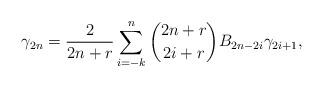
LaTeX: \begin{align*} \gamma_{2n} = \frac{2}{2n+r}\sum\limits_{i=-k}^n {2n+r \choose 2i+r} B_{2n-2i} \gamma_{2i+1},\end{align*}